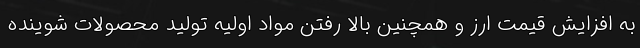
به افزایش قیمت ارز و همچنین بالا رفتن مواد اولیه تولید محصولات شوینده